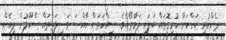
ދެންހުރި ކަންކަން ހުރިގޮތައް ބަލައި ލަމާތޯއެވެ. ސިއްހަތަށް ހާއްސަ ވަސީލަތްތައް ސްކޫލުން ލިބެން